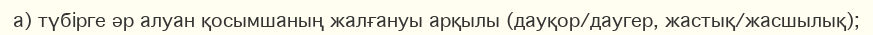
а) түбiрге әр алуан қосымшаның жалғануы арқылы (дауқор/даугер, жастық/жасшылық);